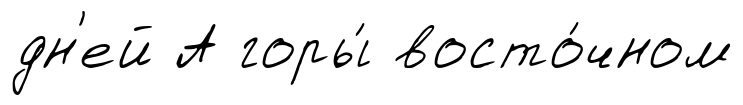
дн'ей А горы́ восто́чном